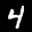
Label: 4